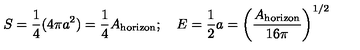
S = { \frac { 1 } { 4 } } ( 4 \pi a ^ { 2 } ) = { \frac { 1 } { 4 } } A _ { \mathrm { h o r i z o n } } ; \quad E = { \frac { 1 } { 2 } } a = \left( { \frac { A _ { \mathrm { h o r i z o n } } } { 1 6 \pi } } \right) ^ { 1 / 2 }